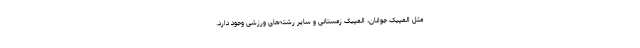
مثل المپیک جوانان، المپیک زمستانی و سایر رشته‌های ورزشی وجود دارد.